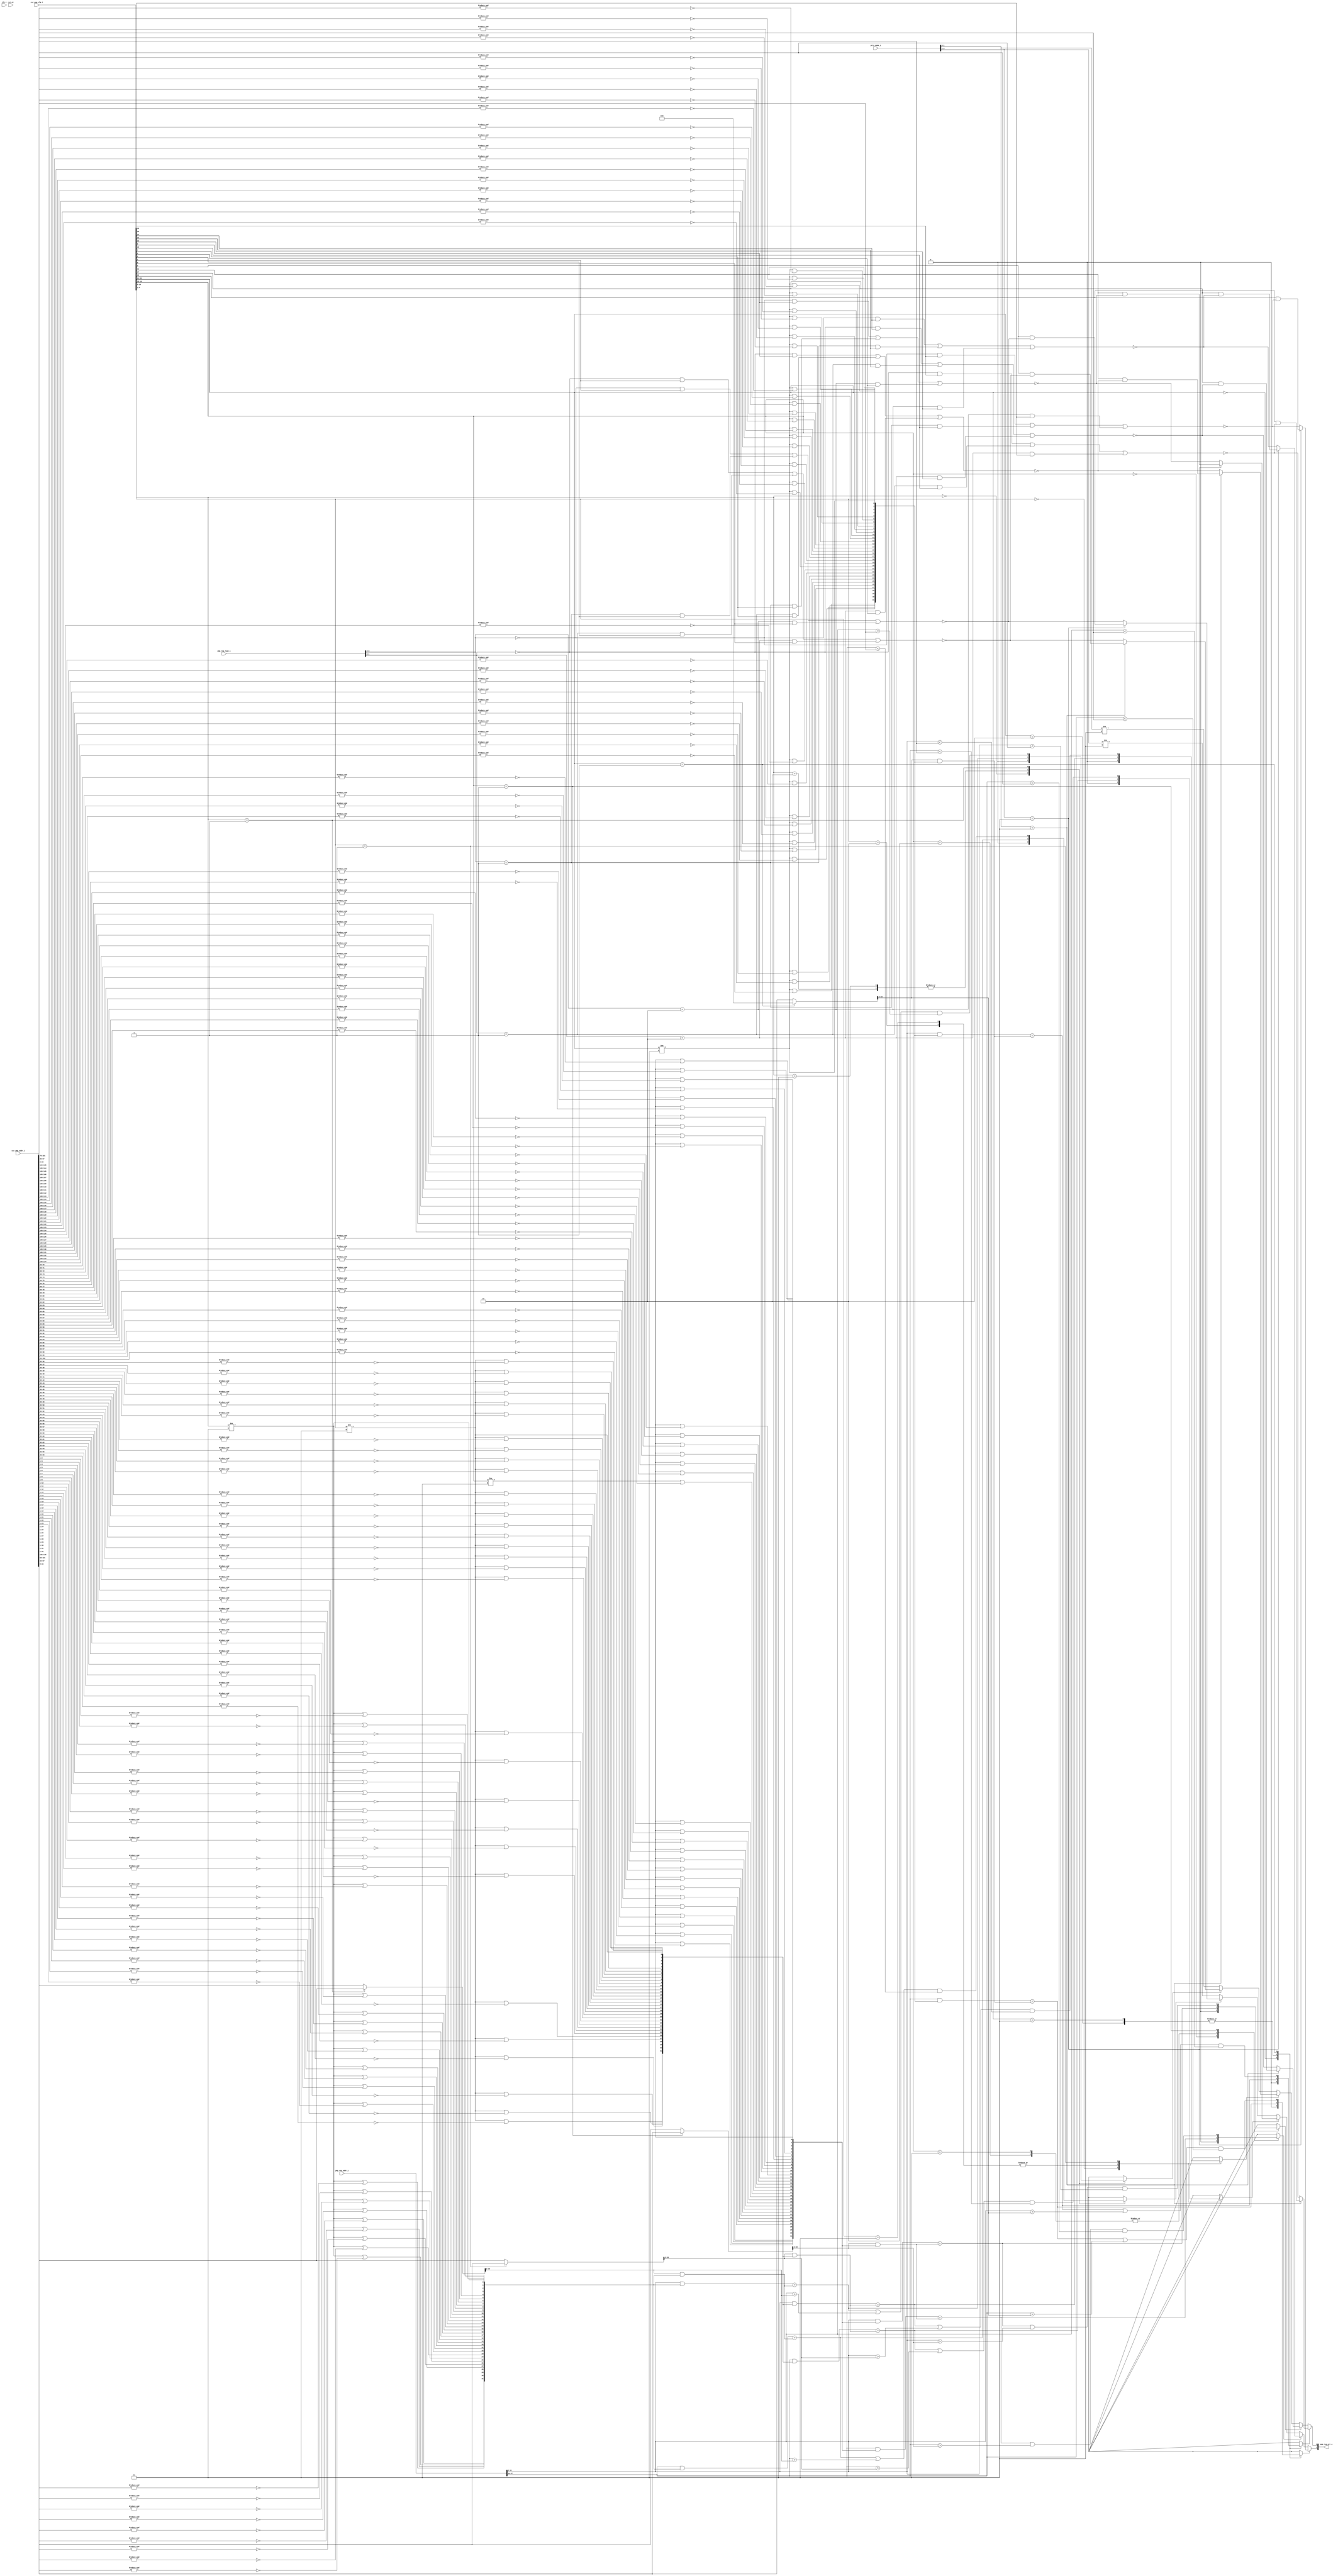
module ibex_pmp (
	clk_i,
	rst_ni,
	csr_pmp_cfg_i,
	csr_pmp_addr_i,
	priv_mode_i,
	pmp_req_addr_i,
	pmp_req_type_i,
	pmp_req_err_o
);
	parameter [31:0] PMPGranularity = 0;
	parameter [31:0] PMPNumChan = 2;
	parameter [31:0] PMPNumRegions = 4;
	input wire clk_i;
	input wire rst_ni;
	input wire [(0 >= (PMPNumRegions - 1) ? ((2 - PMPNumRegions) * 6) + (((PMPNumRegions - 1) * 6) - 1) : (PMPNumRegions * 6) - 1):(0 >= (PMPNumRegions - 1) ? (PMPNumRegions - 1) * 6 : 0)] csr_pmp_cfg_i;
	input wire [(0 >= (PMPNumRegions - 1) ? ((2 - PMPNumRegions) * 34) + (((PMPNumRegions - 1) * 34) - 1) : (PMPNumRegions * 34) - 1):(0 >= (PMPNumRegions - 1) ? (PMPNumRegions - 1) * 34 : 0)] csr_pmp_addr_i;
	input wire [(0 >= (PMPNumChan - 1) ? ((2 - PMPNumChan) * 2) + (((PMPNumChan - 1) * 2) - 1) : (PMPNumChan * 2) - 1):(0 >= (PMPNumChan - 1) ? (PMPNumChan - 1) * 2 : 0)] priv_mode_i;
	input wire [(0 >= (PMPNumChan - 1) ? ((2 - PMPNumChan) * 34) + (((PMPNumChan - 1) * 34) - 1) : (PMPNumChan * 34) - 1):(0 >= (PMPNumChan - 1) ? (PMPNumChan - 1) * 34 : 0)] pmp_req_addr_i;
	input wire [(0 >= (PMPNumChan - 1) ? ((2 - PMPNumChan) * 2) + (((PMPNumChan - 1) * 2) - 1) : (PMPNumChan * 2) - 1):(0 >= (PMPNumChan - 1) ? (PMPNumChan - 1) * 2 : 0)] pmp_req_type_i;
	output wire [0:PMPNumChan - 1] pmp_req_err_o;
	localparam integer RegFileFF = 0;
	localparam integer RegFileFPGA = 1;
	localparam integer RegFileLatch = 2;
	localparam integer RV32MNone = 0;
	localparam integer RV32MSlow = 1;
	localparam integer RV32MFast = 2;
	localparam integer RV32MSingleCycle = 3;
	localparam integer RV32BNone = 0;
	localparam integer RV32BBalanced = 1;
	localparam integer RV32BFull = 2;
	localparam [6:0] OPCODE_LOAD = 7'h03;
	localparam [6:0] OPCODE_MISC_MEM = 7'h0f;
	localparam [6:0] OPCODE_OP_IMM = 7'h13;
	localparam [6:0] OPCODE_AUIPC = 7'h17;
	localparam [6:0] OPCODE_STORE = 7'h23;
	localparam [6:0] OPCODE_OP = 7'h33;
	localparam [6:0] OPCODE_LUI = 7'h37;
	localparam [6:0] OPCODE_BRANCH = 7'h63;
	localparam [6:0] OPCODE_JALR = 7'h67;
	localparam [6:0] OPCODE_JAL = 7'h6f;
	localparam [6:0] OPCODE_SYSTEM = 7'h73;
	localparam [5:0] ALU_ADD = 0;
	localparam [5:0] ALU_SUB = 1;
	localparam [5:0] ALU_XOR = 2;
	localparam [5:0] ALU_OR = 3;
	localparam [5:0] ALU_AND = 4;
	localparam [5:0] ALU_XNOR = 5;
	localparam [5:0] ALU_ORN = 6;
	localparam [5:0] ALU_ANDN = 7;
	localparam [5:0] ALU_SRA = 8;
	localparam [5:0] ALU_SRL = 9;
	localparam [5:0] ALU_SLL = 10;
	localparam [5:0] ALU_SRO = 11;
	localparam [5:0] ALU_SLO = 12;
	localparam [5:0] ALU_ROR = 13;
	localparam [5:0] ALU_ROL = 14;
	localparam [5:0] ALU_GREV = 15;
	localparam [5:0] ALU_GORC = 16;
	localparam [5:0] ALU_SHFL = 17;
	localparam [5:0] ALU_UNSHFL = 18;
	localparam [5:0] ALU_LT = 19;
	localparam [5:0] ALU_LTU = 20;
	localparam [5:0] ALU_GE = 21;
	localparam [5:0] ALU_GEU = 22;
	localparam [5:0] ALU_EQ = 23;
	localparam [5:0] ALU_NE = 24;
	localparam [5:0] ALU_MIN = 25;
	localparam [5:0] ALU_MINU = 26;
	localparam [5:0] ALU_MAX = 27;
	localparam [5:0] ALU_MAXU = 28;
	localparam [5:0] ALU_PACK = 29;
	localparam [5:0] ALU_PACKU = 30;
	localparam [5:0] ALU_PACKH = 31;
	localparam [5:0] ALU_SEXTB = 32;
	localparam [5:0] ALU_SEXTH = 33;
	localparam [5:0] ALU_CLZ = 34;
	localparam [5:0] ALU_CTZ = 35;
	localparam [5:0] ALU_PCNT = 36;
	localparam [5:0] ALU_SLT = 37;
	localparam [5:0] ALU_SLTU = 38;
	localparam [5:0] ALU_CMOV = 39;
	localparam [5:0] ALU_CMIX = 40;
	localparam [5:0] ALU_FSL = 41;
	localparam [5:0] ALU_FSR = 42;
	localparam [5:0] ALU_SBSET = 43;
	localparam [5:0] ALU_SBCLR = 44;
	localparam [5:0] ALU_SBINV = 45;
	localparam [5:0] ALU_SBEXT = 46;
	localparam [5:0] ALU_BEXT = 47;
	localparam [5:0] ALU_BDEP = 48;
	localparam [5:0] ALU_BFP = 49;
	localparam [5:0] ALU_CLMUL = 50;
	localparam [5:0] ALU_CLMULR = 51;
	localparam [5:0] ALU_CLMULH = 52;
	localparam [5:0] ALU_CRC32_B = 53;
	localparam [5:0] ALU_CRC32C_B = 54;
	localparam [5:0] ALU_CRC32_H = 55;
	localparam [5:0] ALU_CRC32C_H = 56;
	localparam [5:0] ALU_CRC32_W = 57;
	localparam [5:0] ALU_CRC32C_W = 58;
	localparam [1:0] MD_OP_MULL = 0;
	localparam [1:0] MD_OP_MULH = 1;
	localparam [1:0] MD_OP_DIV = 2;
	localparam [1:0] MD_OP_REM = 3;
	localparam [1:0] CSR_OP_READ = 0;
	localparam [1:0] CSR_OP_WRITE = 1;
	localparam [1:0] CSR_OP_SET = 2;
	localparam [1:0] CSR_OP_CLEAR = 3;
	localparam [1:0] PRIV_LVL_M = 2'b11;
	localparam [1:0] PRIV_LVL_H = 2'b10;
	localparam [1:0] PRIV_LVL_S = 2'b01;
	localparam [1:0] PRIV_LVL_U = 2'b00;
	localparam [3:0] XDEBUGVER_NO = 4'd0;
	localparam [3:0] XDEBUGVER_STD = 4'd4;
	localparam [3:0] XDEBUGVER_NONSTD = 4'd15;
	localparam [1:0] WB_INSTR_LOAD = 0;
	localparam [1:0] WB_INSTR_STORE = 1;
	localparam [1:0] WB_INSTR_OTHER = 2;
	localparam [1:0] OP_A_REG_A = 0;
	localparam [1:0] OP_A_FWD = 1;
	localparam [1:0] OP_A_CURRPC = 2;
	localparam [1:0] OP_A_IMM = 3;
	localparam [0:0] IMM_A_Z = 0;
	localparam [0:0] IMM_A_ZERO = 1;
	localparam [0:0] OP_B_REG_B = 0;
	localparam [0:0] OP_B_IMM = 1;
	localparam [2:0] IMM_B_I = 0;
	localparam [2:0] IMM_B_S = 1;
	localparam [2:0] IMM_B_B = 2;
	localparam [2:0] IMM_B_U = 3;
	localparam [2:0] IMM_B_J = 4;
	localparam [2:0] IMM_B_INCR_PC = 5;
	localparam [2:0] IMM_B_INCR_ADDR = 6;
	localparam [0:0] RF_WD_EX = 0;
	localparam [0:0] RF_WD_CSR = 1;
	localparam [2:0] PC_BOOT = 0;
	localparam [2:0] PC_JUMP = 1;
	localparam [2:0] PC_EXC = 2;
	localparam [2:0] PC_ERET = 3;
	localparam [2:0] PC_DRET = 4;
	localparam [2:0] PC_BP = 5;
	localparam [1:0] EXC_PC_EXC = 0;
	localparam [1:0] EXC_PC_IRQ = 1;
	localparam [1:0] EXC_PC_DBD = 2;
	localparam [1:0] EXC_PC_DBG_EXC = 3;
	localparam [5:0] EXC_CAUSE_IRQ_SOFTWARE_M = {1'b1, 5'd3};
	localparam [5:0] EXC_CAUSE_IRQ_TIMER_M = {1'b1, 5'd7};
	localparam [5:0] EXC_CAUSE_IRQ_EXTERNAL_M = {1'b1, 5'd11};
	localparam [5:0] EXC_CAUSE_IRQ_NM = {1'b1, 5'd31};
	localparam [5:0] EXC_CAUSE_INSN_ADDR_MISA = {1'b0, 5'd0};
	localparam [5:0] EXC_CAUSE_INSTR_ACCESS_FAULT = {1'b0, 5'd1};
	localparam [5:0] EXC_CAUSE_ILLEGAL_INSN = {1'b0, 5'd2};
	localparam [5:0] EXC_CAUSE_BREAKPOINT = {1'b0, 5'd3};
	localparam [5:0] EXC_CAUSE_LOAD_ACCESS_FAULT = {1'b0, 5'd5};
	localparam [5:0] EXC_CAUSE_STORE_ACCESS_FAULT = {1'b0, 5'd7};
	localparam [5:0] EXC_CAUSE_ECALL_UMODE = {1'b0, 5'd8};
	localparam [5:0] EXC_CAUSE_ECALL_MMODE = {1'b0, 5'd11};
	localparam [2:0] DBG_CAUSE_NONE = 3'h0;
	localparam [2:0] DBG_CAUSE_EBREAK = 3'h1;
	localparam [2:0] DBG_CAUSE_TRIGGER = 3'h2;
	localparam [2:0] DBG_CAUSE_HALTREQ = 3'h3;
	localparam [2:0] DBG_CAUSE_STEP = 3'h4;
	localparam [31:0] PMP_MAX_REGIONS = 16;
	localparam [31:0] PMP_CFG_W = 8;
	localparam [31:0] PMP_I = 0;
	localparam [31:0] PMP_D = 1;
	localparam [1:0] PMP_ACC_EXEC = 2'b00;
	localparam [1:0] PMP_ACC_WRITE = 2'b01;
	localparam [1:0] PMP_ACC_READ = 2'b10;
	localparam [1:0] PMP_MODE_OFF = 2'b00;
	localparam [1:0] PMP_MODE_TOR = 2'b01;
	localparam [1:0] PMP_MODE_NA4 = 2'b10;
	localparam [1:0] PMP_MODE_NAPOT = 2'b11;
	localparam [11:0] CSR_MHARTID = 12'hf14;
	localparam [11:0] CSR_MSTATUS = 12'h300;
	localparam [11:0] CSR_MISA = 12'h301;
	localparam [11:0] CSR_MIE = 12'h304;
	localparam [11:0] CSR_MTVEC = 12'h305;
	localparam [11:0] CSR_MSCRATCH = 12'h340;
	localparam [11:0] CSR_MEPC = 12'h341;
	localparam [11:0] CSR_MCAUSE = 12'h342;
	localparam [11:0] CSR_MTVAL = 12'h343;
	localparam [11:0] CSR_MIP = 12'h344;
	localparam [11:0] CSR_PMPCFG0 = 12'h3a0;
	localparam [11:0] CSR_PMPCFG1 = 12'h3a1;
	localparam [11:0] CSR_PMPCFG2 = 12'h3a2;
	localparam [11:0] CSR_PMPCFG3 = 12'h3a3;
	localparam [11:0] CSR_PMPADDR0 = 12'h3b0;
	localparam [11:0] CSR_PMPADDR1 = 12'h3b1;
	localparam [11:0] CSR_PMPADDR2 = 12'h3b2;
	localparam [11:0] CSR_PMPADDR3 = 12'h3b3;
	localparam [11:0] CSR_PMPADDR4 = 12'h3b4;
	localparam [11:0] CSR_PMPADDR5 = 12'h3b5;
	localparam [11:0] CSR_PMPADDR6 = 12'h3b6;
	localparam [11:0] CSR_PMPADDR7 = 12'h3b7;
	localparam [11:0] CSR_PMPADDR8 = 12'h3b8;
	localparam [11:0] CSR_PMPADDR9 = 12'h3b9;
	localparam [11:0] CSR_PMPADDR10 = 12'h3ba;
	localparam [11:0] CSR_PMPADDR11 = 12'h3bb;
	localparam [11:0] CSR_PMPADDR12 = 12'h3bc;
	localparam [11:0] CSR_PMPADDR13 = 12'h3bd;
	localparam [11:0] CSR_PMPADDR14 = 12'h3be;
	localparam [11:0] CSR_PMPADDR15 = 12'h3bf;
	localparam [11:0] CSR_TSELECT = 12'h7a0;
	localparam [11:0] CSR_TDATA1 = 12'h7a1;
	localparam [11:0] CSR_TDATA2 = 12'h7a2;
	localparam [11:0] CSR_TDATA3 = 12'h7a3;
	localparam [11:0] CSR_MCONTEXT = 12'h7a8;
	localparam [11:0] CSR_SCONTEXT = 12'h7aa;
	localparam [11:0] CSR_DCSR = 12'h7b0;
	localparam [11:0] CSR_DPC = 12'h7b1;
	localparam [11:0] CSR_DSCRATCH0 = 12'h7b2;
	localparam [11:0] CSR_DSCRATCH1 = 12'h7b3;
	localparam [11:0] CSR_MCOUNTINHIBIT = 12'h320;
	localparam [11:0] CSR_MHPMEVENT3 = 12'h323;
	localparam [11:0] CSR_MHPMEVENT4 = 12'h324;
	localparam [11:0] CSR_MHPMEVENT5 = 12'h325;
	localparam [11:0] CSR_MHPMEVENT6 = 12'h326;
	localparam [11:0] CSR_MHPMEVENT7 = 12'h327;
	localparam [11:0] CSR_MHPMEVENT8 = 12'h328;
	localparam [11:0] CSR_MHPMEVENT9 = 12'h329;
	localparam [11:0] CSR_MHPMEVENT10 = 12'h32a;
	localparam [11:0] CSR_MHPMEVENT11 = 12'h32b;
	localparam [11:0] CSR_MHPMEVENT12 = 12'h32c;
	localparam [11:0] CSR_MHPMEVENT13 = 12'h32d;
	localparam [11:0] CSR_MHPMEVENT14 = 12'h32e;
	localparam [11:0] CSR_MHPMEVENT15 = 12'h32f;
	localparam [11:0] CSR_MHPMEVENT16 = 12'h330;
	localparam [11:0] CSR_MHPMEVENT17 = 12'h331;
	localparam [11:0] CSR_MHPMEVENT18 = 12'h332;
	localparam [11:0] CSR_MHPMEVENT19 = 12'h333;
	localparam [11:0] CSR_MHPMEVENT20 = 12'h334;
	localparam [11:0] CSR_MHPMEVENT21 = 12'h335;
	localparam [11:0] CSR_MHPMEVENT22 = 12'h336;
	localparam [11:0] CSR_MHPMEVENT23 = 12'h337;
	localparam [11:0] CSR_MHPMEVENT24 = 12'h338;
	localparam [11:0] CSR_MHPMEVENT25 = 12'h339;
	localparam [11:0] CSR_MHPMEVENT26 = 12'h33a;
	localparam [11:0] CSR_MHPMEVENT27 = 12'h33b;
	localparam [11:0] CSR_MHPMEVENT28 = 12'h33c;
	localparam [11:0] CSR_MHPMEVENT29 = 12'h33d;
	localparam [11:0] CSR_MHPMEVENT30 = 12'h33e;
	localparam [11:0] CSR_MHPMEVENT31 = 12'h33f;
	localparam [11:0] CSR_MCYCLE = 12'hb00;
	localparam [11:0] CSR_MINSTRET = 12'hb02;
	localparam [11:0] CSR_MHPMCOUNTER3 = 12'hb03;
	localparam [11:0] CSR_MHPMCOUNTER4 = 12'hb04;
	localparam [11:0] CSR_MHPMCOUNTER5 = 12'hb05;
	localparam [11:0] CSR_MHPMCOUNTER6 = 12'hb06;
	localparam [11:0] CSR_MHPMCOUNTER7 = 12'hb07;
	localparam [11:0] CSR_MHPMCOUNTER8 = 12'hb08;
	localparam [11:0] CSR_MHPMCOUNTER9 = 12'hb09;
	localparam [11:0] CSR_MHPMCOUNTER10 = 12'hb0a;
	localparam [11:0] CSR_MHPMCOUNTER11 = 12'hb0b;
	localparam [11:0] CSR_MHPMCOUNTER12 = 12'hb0c;
	localparam [11:0] CSR_MHPMCOUNTER13 = 12'hb0d;
	localparam [11:0] CSR_MHPMCOUNTER14 = 12'hb0e;
	localparam [11:0] CSR_MHPMCOUNTER15 = 12'hb0f;
	localparam [11:0] CSR_MHPMCOUNTER16 = 12'hb10;
	localparam [11:0] CSR_MHPMCOUNTER17 = 12'hb11;
	localparam [11:0] CSR_MHPMCOUNTER18 = 12'hb12;
	localparam [11:0] CSR_MHPMCOUNTER19 = 12'hb13;
	localparam [11:0] CSR_MHPMCOUNTER20 = 12'hb14;
	localparam [11:0] CSR_MHPMCOUNTER21 = 12'hb15;
	localparam [11:0] CSR_MHPMCOUNTER22 = 12'hb16;
	localparam [11:0] CSR_MHPMCOUNTER23 = 12'hb17;
	localparam [11:0] CSR_MHPMCOUNTER24 = 12'hb18;
	localparam [11:0] CSR_MHPMCOUNTER25 = 12'hb19;
	localparam [11:0] CSR_MHPMCOUNTER26 = 12'hb1a;
	localparam [11:0] CSR_MHPMCOUNTER27 = 12'hb1b;
	localparam [11:0] CSR_MHPMCOUNTER28 = 12'hb1c;
	localparam [11:0] CSR_MHPMCOUNTER29 = 12'hb1d;
	localparam [11:0] CSR_MHPMCOUNTER30 = 12'hb1e;
	localparam [11:0] CSR_MHPMCOUNTER31 = 12'hb1f;
	localparam [11:0] CSR_MCYCLEH = 12'hb80;
	localparam [11:0] CSR_MINSTRETH = 12'hb82;
	localparam [11:0] CSR_MHPMCOUNTER3H = 12'hb83;
	localparam [11:0] CSR_MHPMCOUNTER4H = 12'hb84;
	localparam [11:0] CSR_MHPMCOUNTER5H = 12'hb85;
	localparam [11:0] CSR_MHPMCOUNTER6H = 12'hb86;
	localparam [11:0] CSR_MHPMCOUNTER7H = 12'hb87;
	localparam [11:0] CSR_MHPMCOUNTER8H = 12'hb88;
	localparam [11:0] CSR_MHPMCOUNTER9H = 12'hb89;
	localparam [11:0] CSR_MHPMCOUNTER10H = 12'hb8a;
	localparam [11:0] CSR_MHPMCOUNTER11H = 12'hb8b;
	localparam [11:0] CSR_MHPMCOUNTER12H = 12'hb8c;
	localparam [11:0] CSR_MHPMCOUNTER13H = 12'hb8d;
	localparam [11:0] CSR_MHPMCOUNTER14H = 12'hb8e;
	localparam [11:0] CSR_MHPMCOUNTER15H = 12'hb8f;
	localparam [11:0] CSR_MHPMCOUNTER16H = 12'hb90;
	localparam [11:0] CSR_MHPMCOUNTER17H = 12'hb91;
	localparam [11:0] CSR_MHPMCOUNTER18H = 12'hb92;
	localparam [11:0] CSR_MHPMCOUNTER19H = 12'hb93;
	localparam [11:0] CSR_MHPMCOUNTER20H = 12'hb94;
	localparam [11:0] CSR_MHPMCOUNTER21H = 12'hb95;
	localparam [11:0] CSR_MHPMCOUNTER22H = 12'hb96;
	localparam [11:0] CSR_MHPMCOUNTER23H = 12'hb97;
	localparam [11:0] CSR_MHPMCOUNTER24H = 12'hb98;
	localparam [11:0] CSR_MHPMCOUNTER25H = 12'hb99;
	localparam [11:0] CSR_MHPMCOUNTER26H = 12'hb9a;
	localparam [11:0] CSR_MHPMCOUNTER27H = 12'hb9b;
	localparam [11:0] CSR_MHPMCOUNTER28H = 12'hb9c;
	localparam [11:0] CSR_MHPMCOUNTER29H = 12'hb9d;
	localparam [11:0] CSR_MHPMCOUNTER30H = 12'hb9e;
	localparam [11:0] CSR_MHPMCOUNTER31H = 12'hb9f;
	localparam [11:0] CSR_CPUCTRL = 12'h7c0;
	localparam [11:0] CSR_SECURESEED = 12'h7c1;
	localparam [11:0] CSR_OFF_PMP_CFG = 12'h3a0;
	localparam [11:0] CSR_OFF_PMP_ADDR = 12'h3b0;
	localparam [31:0] CSR_MSTATUS_MIE_BIT = 3;
	localparam [31:0] CSR_MSTATUS_MPIE_BIT = 7;
	localparam [31:0] CSR_MSTATUS_MPP_BIT_LOW = 11;
	localparam [31:0] CSR_MSTATUS_MPP_BIT_HIGH = 12;
	localparam [31:0] CSR_MSTATUS_MPRV_BIT = 17;
	localparam [31:0] CSR_MSTATUS_TW_BIT = 21;
	localparam [1:0] CSR_MISA_MXL = 2'd1;
	localparam [31:0] CSR_MSIX_BIT = 3;
	localparam [31:0] CSR_MTIX_BIT = 7;
	localparam [31:0] CSR_MEIX_BIT = 11;
	localparam [31:0] CSR_MFIX_BIT_LOW = 16;
	localparam [31:0] CSR_MFIX_BIT_HIGH = 30;
	wire [33:0] region_start_addr [0:PMPNumRegions - 1];
	wire [33:PMPGranularity + 2] region_addr_mask [0:PMPNumRegions - 1];
	wire [(PMPNumChan * PMPNumRegions) - 1:0] region_match_gt;
	wire [(PMPNumChan * PMPNumRegions) - 1:0] region_match_lt;
	wire [(PMPNumChan * PMPNumRegions) - 1:0] region_match_eq;
	reg [(PMPNumChan * PMPNumRegions) - 1:0] region_match_all;
	wire [(PMPNumChan * PMPNumRegions) - 1:0] region_perm_check;
	reg [PMPNumChan - 1:0] access_fault;
	generate
		genvar r;
		for (r = 0; r < PMPNumRegions; r = r + 1) begin : g_addr_exp
			if (r == 0) begin : g_entry0
				assign region_start_addr[r] = (csr_pmp_cfg_i[((0 >= (PMPNumRegions - 1) ? r : (PMPNumRegions - 1) - r) * 6) + 4-:2] == PMP_MODE_TOR ? 34'h000000000 : csr_pmp_addr_i[(0 >= (PMPNumRegions - 1) ? r : (PMPNumRegions - 1) - r) * 34+:34]);
			end
			else begin : g_oth
				assign region_start_addr[r] = (csr_pmp_cfg_i[((0 >= (PMPNumRegions - 1) ? r : (PMPNumRegions - 1) - r) * 6) + 4-:2] == PMP_MODE_TOR ? csr_pmp_addr_i[(0 >= (PMPNumRegions - 1) ? r - 1 : (PMPNumRegions - 1) - (r - 1)) * 34+:34] : csr_pmp_addr_i[(0 >= (PMPNumRegions - 1) ? r : (PMPNumRegions - 1) - r) * 34+:34]);
			end
			genvar b;
			for (b = PMPGranularity + 2; b < 34; b = b + 1) begin : g_bitmask
				if (b == 2) begin : g_bit0
					assign region_addr_mask[r][b] = csr_pmp_cfg_i[((0 >= (PMPNumRegions - 1) ? r : (PMPNumRegions - 1) - r) * 6) + 4-:2] != PMP_MODE_NAPOT;
				end
				else begin : g_others
					assign region_addr_mask[r][b] = (csr_pmp_cfg_i[((0 >= (PMPNumRegions - 1) ? r : (PMPNumRegions - 1) - r) * 6) + 4-:2] != PMP_MODE_NAPOT) | ~&csr_pmp_addr_i[((0 >= (PMPNumRegions - 1) ? r : (PMPNumRegions - 1) - r) * 34) + ((b - 1) >= (PMPGranularity + 1) ? b - 1 : ((b - 1) + ((b - 1) >= (PMPGranularity + 1) ? ((b - 1) - (PMPGranularity + 1)) + 1 : ((PMPGranularity + 1) - (b - 1)) + 1)) - 1)-:((b - 1) >= (PMPGranularity + 1) ? ((b - 1) - (PMPGranularity + 1)) + 1 : ((PMPGranularity + 1) - (b - 1)) + 1)];
				end
			end
		end
	endgenerate
	generate
		genvar c;
		for (c = 0; c < PMPNumChan; c = c + 1) begin : g_access_check
			for (r = 0; r < PMPNumRegions; r = r + 1) begin : g_regions
				assign region_match_eq[(c * PMPNumRegions) + r] = (pmp_req_addr_i[((0 >= (PMPNumChan - 1) ? c : (PMPNumChan - 1) - c) * 34) + (33 >= (PMPGranularity + 2) ? 33 : (33 + (33 >= (PMPGranularity + 2) ? 34 - (PMPGranularity + 2) : PMPGranularity - 30)) - 1)-:(33 >= (PMPGranularity + 2) ? 34 - (PMPGranularity + 2) : PMPGranularity - 30)] & region_addr_mask[r]) == (region_start_addr[r][33:PMPGranularity + 2] & region_addr_mask[r]);
				assign region_match_gt[(c * PMPNumRegions) + r] = pmp_req_addr_i[((0 >= (PMPNumChan - 1) ? c : (PMPNumChan - 1) - c) * 34) + (33 >= (PMPGranularity + 2) ? 33 : (33 + (33 >= (PMPGranularity + 2) ? 34 - (PMPGranularity + 2) : PMPGranularity - 30)) - 1)-:(33 >= (PMPGranularity + 2) ? 34 - (PMPGranularity + 2) : PMPGranularity - 30)] > region_start_addr[r][33:PMPGranularity + 2];
				assign region_match_lt[(c * PMPNumRegions) + r] = pmp_req_addr_i[((0 >= (PMPNumChan - 1) ? c : (PMPNumChan - 1) - c) * 34) + (33 >= (PMPGranularity + 2) ? 33 : (33 + (33 >= (PMPGranularity + 2) ? 34 - (PMPGranularity + 2) : PMPGranularity - 30)) - 1)-:(33 >= (PMPGranularity + 2) ? 34 - (PMPGranularity + 2) : PMPGranularity - 30)] < csr_pmp_addr_i[((0 >= (PMPNumRegions - 1) ? r : (PMPNumRegions - 1) - r) * 34) + (33 >= (PMPGranularity + 2) ? 33 : (33 + (33 >= (PMPGranularity + 2) ? 34 - (PMPGranularity + 2) : PMPGranularity - 30)) - 1)-:(33 >= (PMPGranularity + 2) ? 34 - (PMPGranularity + 2) : PMPGranularity - 30)];
				always @(*) begin
					region_match_all[(c * PMPNumRegions) + r] = 1'b0;
					case (csr_pmp_cfg_i[((0 >= (PMPNumRegions - 1) ? r : (PMPNumRegions - 1) - r) * 6) + 4-:2])
						PMP_MODE_OFF: region_match_all[(c * PMPNumRegions) + r] = 1'b0;
						PMP_MODE_NA4: region_match_all[(c * PMPNumRegions) + r] = region_match_eq[(c * PMPNumRegions) + r];
						PMP_MODE_NAPOT: region_match_all[(c * PMPNumRegions) + r] = region_match_eq[(c * PMPNumRegions) + r];
						PMP_MODE_TOR: region_match_all[(c * PMPNumRegions) + r] = (region_match_eq[(c * PMPNumRegions) + r] | region_match_gt[(c * PMPNumRegions) + r]) & region_match_lt[(c * PMPNumRegions) + r];
						default: region_match_all[(c * PMPNumRegions) + r] = 1'b0;
					endcase
				end
				assign region_perm_check[(c * PMPNumRegions) + r] = (((pmp_req_type_i[(0 >= (PMPNumChan - 1) ? c : (PMPNumChan - 1) - c) * 2+:2] == PMP_ACC_EXEC) & csr_pmp_cfg_i[((0 >= (PMPNumRegions - 1) ? r : (PMPNumRegions - 1) - r) * 6) + 2]) | ((pmp_req_type_i[(0 >= (PMPNumChan - 1) ? c : (PMPNumChan - 1) - c) * 2+:2] == PMP_ACC_WRITE) & csr_pmp_cfg_i[((0 >= (PMPNumRegions - 1) ? r : (PMPNumRegions - 1) - r) * 6) + 1])) | ((pmp_req_type_i[(0 >= (PMPNumChan - 1) ? c : (PMPNumChan - 1) - c) * 2+:2] == PMP_ACC_READ) & csr_pmp_cfg_i[(0 >= (PMPNumRegions - 1) ? r : (PMPNumRegions - 1) - r) * 6]);
			end
			always @(*) begin
				access_fault[c] = priv_mode_i[(0 >= (PMPNumChan - 1) ? c : (PMPNumChan - 1) - c) * 2+:2] != PRIV_LVL_M;
				begin : sv2v_autoblock_1
					reg signed [31:0] r;
					for (r = PMPNumRegions - 1; r >= 0; r = r - 1)
						if (region_match_all[(c * PMPNumRegions) + r])
							access_fault[c] = (priv_mode_i[(0 >= (PMPNumChan - 1) ? c : (PMPNumChan - 1) - c) * 2+:2] == PRIV_LVL_M ? csr_pmp_cfg_i[((0 >= (PMPNumRegions - 1) ? r : (PMPNumRegions - 1) - r) * 6) + 5] & ~region_perm_check[(c * PMPNumRegions) + r] : ~region_perm_check[(c * PMPNumRegions) + r]);
				end
			end
			assign pmp_req_err_o[c] = access_fault[c];
		end
	endgenerate
endmodule